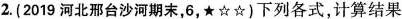
2.(2019河北邢台沙河期末，6，★☆☆)下列各式，计算结果